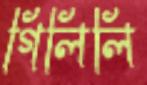
গিলিলি